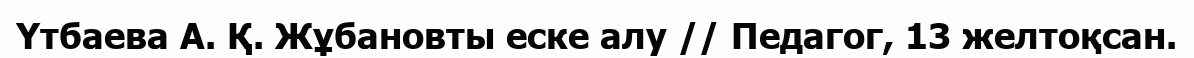
Үтбаева А. Қ. Жұбановты еске алу // Педагог, 13 желтоқсан.